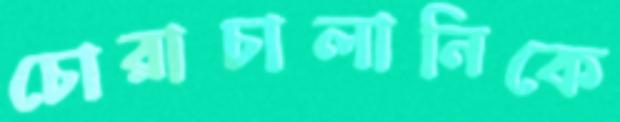
চোরাচালানিকে